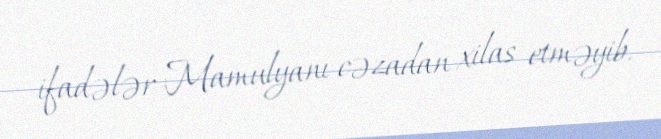
ifadələr Mamulyanı cəzadan xilas etməyib.